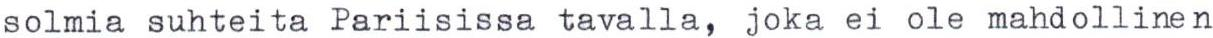
solmia suhteita Pariisissa tavalla, joka ei ole mahdollinen